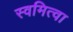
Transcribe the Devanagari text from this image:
स्वमित्वा